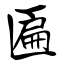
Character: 匾